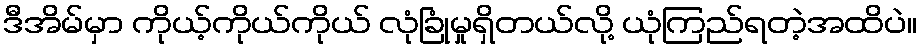
ဒီအိမ်မှာ ကိုယ့်ကိုယ်ကိုယ် လုံခြုံမှုရှိတယ်လို့ ယုံကြည်ရတဲ့အထိပဲ။